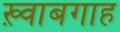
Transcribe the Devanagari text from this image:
ख़्वाबगाह